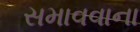
સમાવવાના